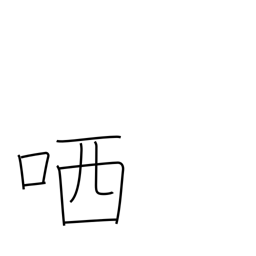
Meaning: sneer